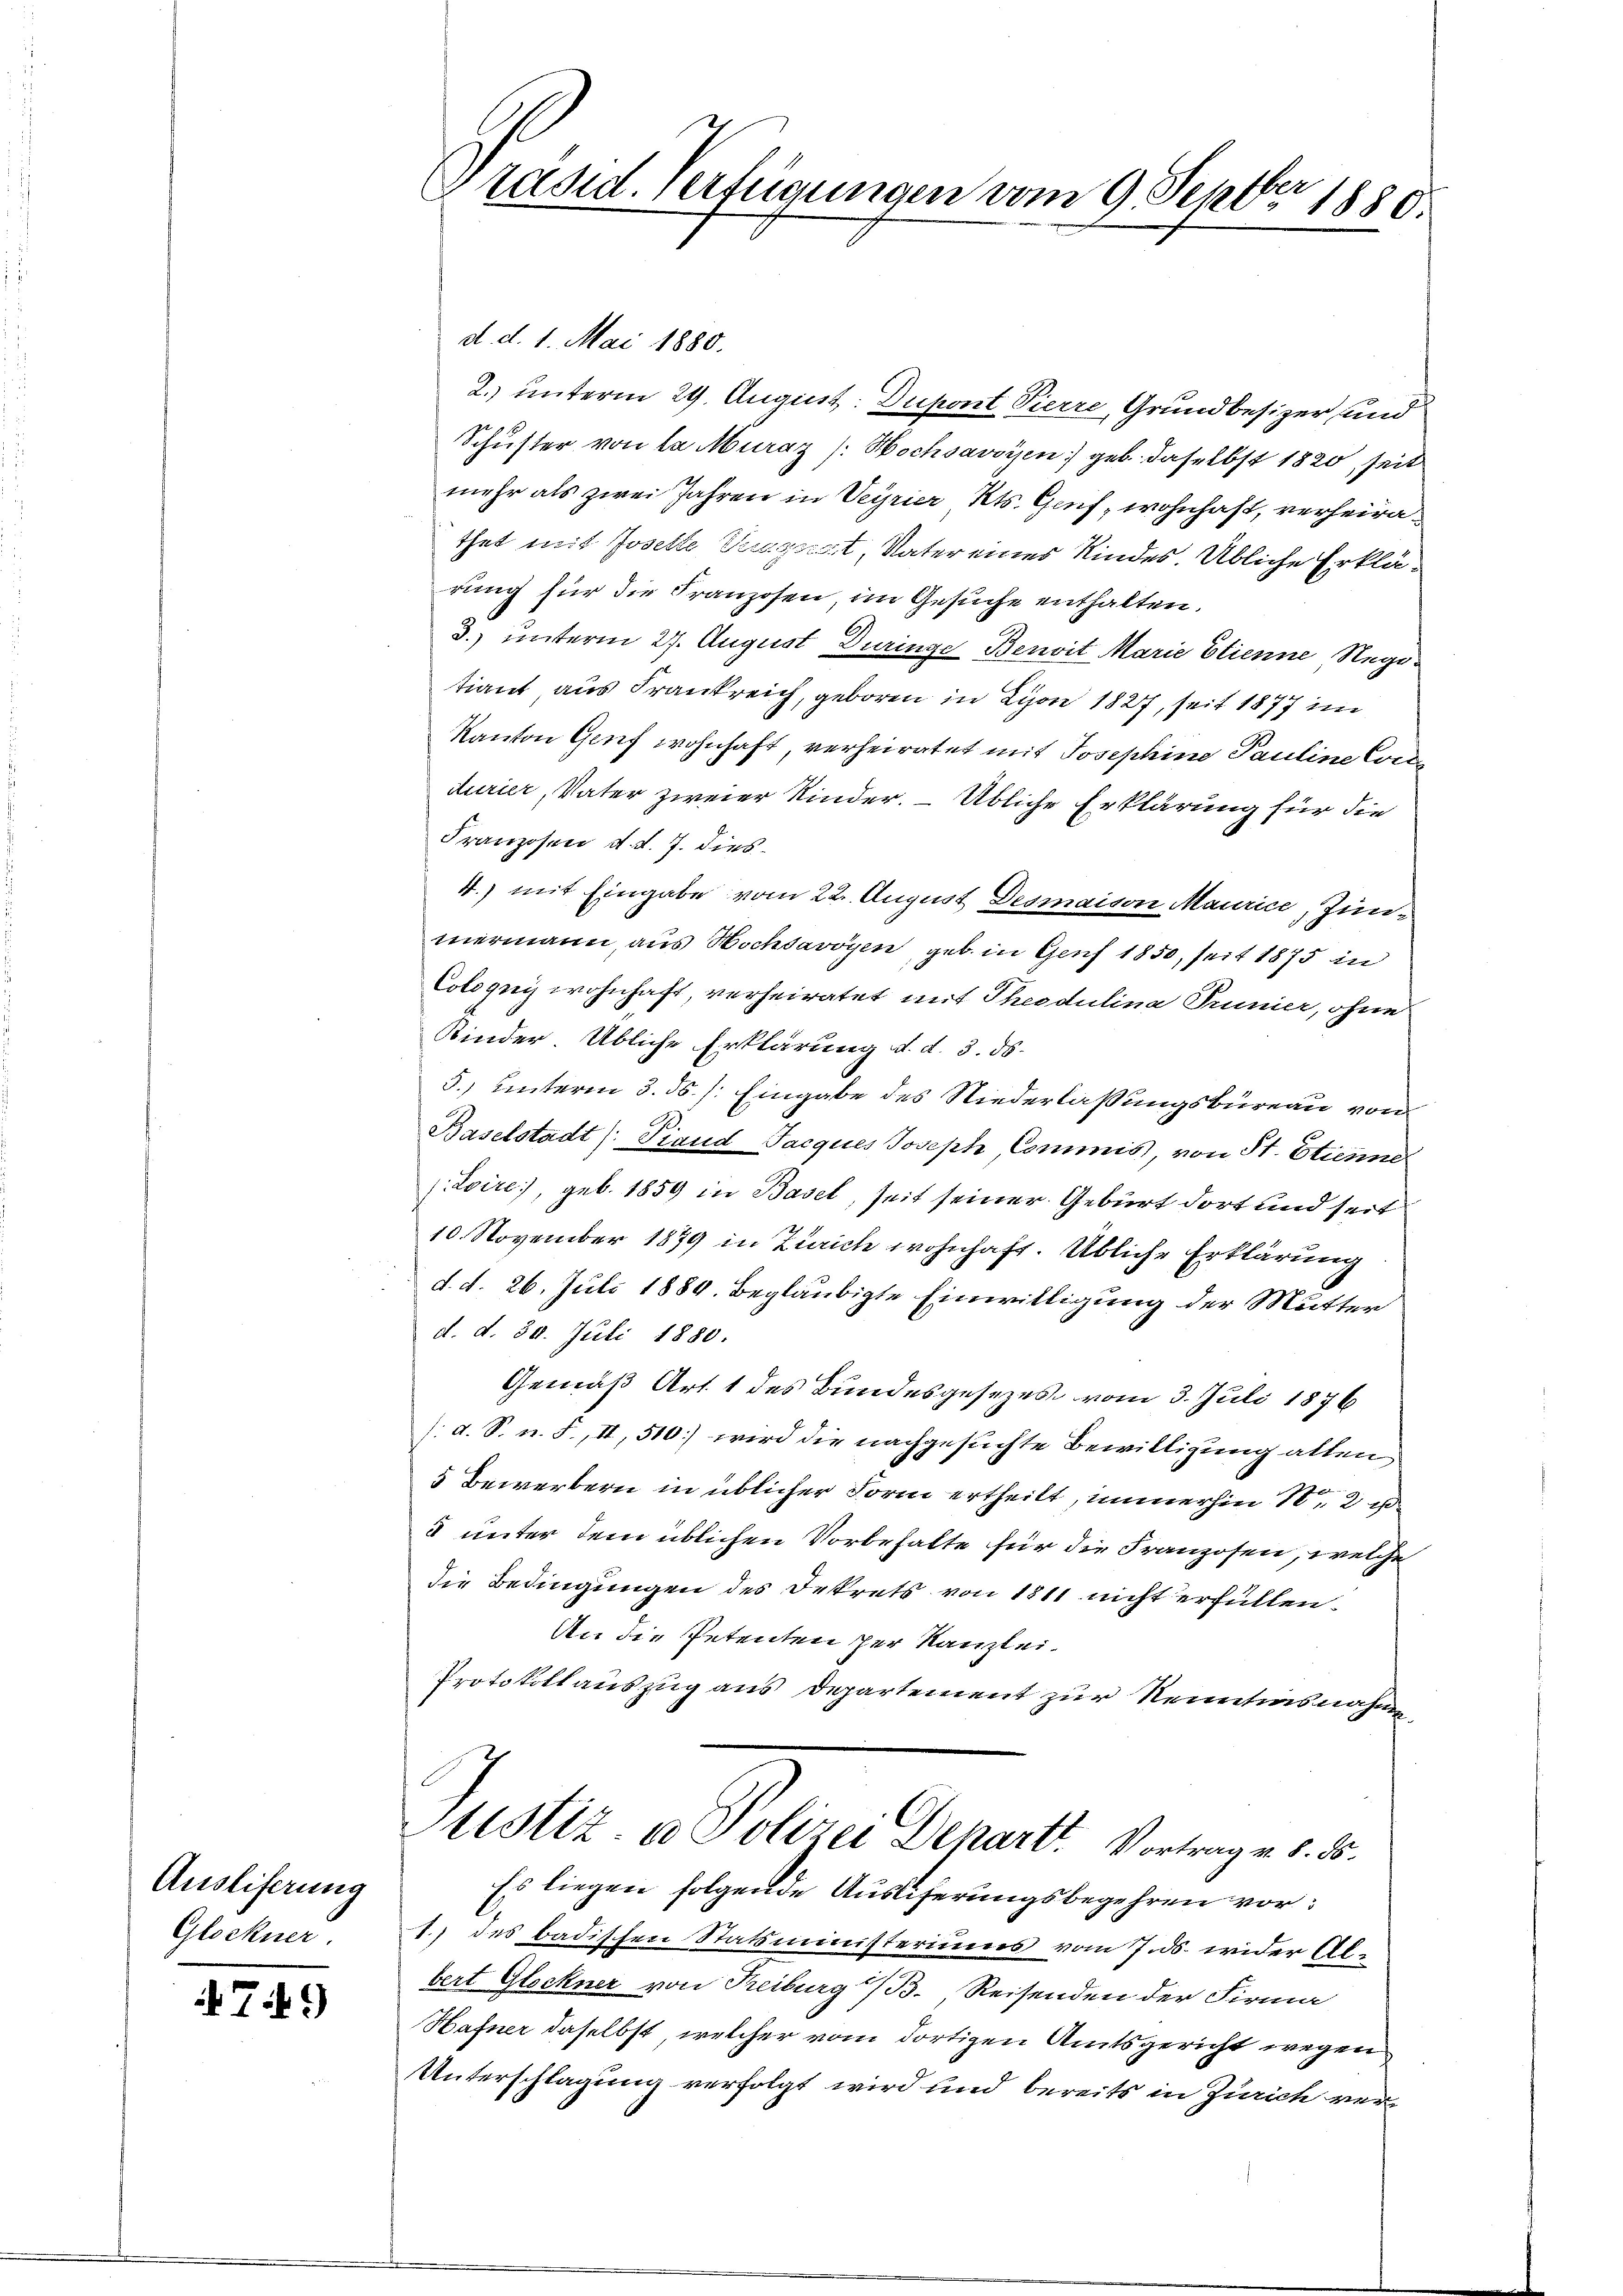
Ausliferung
Glockner

749

Präsid. Verfügungen vom 9. Septbr 1880.

d. d. 1. Mai 1880.
2.) unterm 29. August: Dupont Pierre, Grundbesizer, und
Schuster von la Muraz (: Hochsavoyen geb. daselbst 1820, seit
mehr als zwei Jahren in Veyrier, Kts. Geif, wohnhaft, verheirathet mit Josette Traget, Vater eines Kindes. Übliche Erklärung für die Franzosen, im Gesuche enthalten.
3.) unterm 27. August Duringe Benoit Marie Etienne Negotiant aus Frankreich, geboren in Lyon 1827, seit 1877 im
Kanton Genf wohnhaft, verheiratet mit Josephine Pauline Corde
durier, Vater zweier Kinder. – Übliche Erklärung für die
Franzosen d. d. 7. dies
4.) mit Eingabe vom 22. August Desmaison Maurice, Zinmermann, aus Hochsavoyen, geb. in Genf 1850, seit 1875 in
Colonis wohnhaft, verheiratet mit Theodulina Prunier, ohne
Kinder Übliche Erklärung d. d. 3. ds.
5.) unterm 3. ds. /: Eingabe des Niederlaßungsbüreau von
Baselstadt ( Piand Jacques Joseph Commis, von St. Etienne
(Loire, geb. 1859 in Basel, seit seiner Geburt dort und seit
10. November 1879 in Zürich wohnhaft. Übliche Erklärung
d. d. 26. Juli 1889. Beglaubigte Einwilligung der Mutter
d. d. 30. Juli 1880.
Gemäß Art. 1 des Bundesgesezes vom 3. Juli 1876
/d. S. n. F., II, 510) wird die nachgesuchte Bewilligung allen,
5 Bewerbern in üblicher Form ertheilt, immerhin 12
8 unter dem üblichen Vorbehalte für die Franzosen, welche
die Bedingungen des Dekrets von 1811 nicht erfüllen.
An die Petenten der Kanzlei
Protokollauszug aus Departement zur Kenntnisnahmen
Sistiz & Polizei Departt. Vortrag v. 8. ds.
Es liegen folgende Ausliferungsbegehren vor:
1.) des badischen Statsministeriums vom 7. ds. wider Albert Glockner von Treiburg i/B. Reisenden der Firma
Hafner daselbst, welcher vom dortigen Amtsgericht wegen
Unterschlagung verfolgt wird und bereits in Zürich ver¬